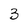
Character: 3